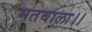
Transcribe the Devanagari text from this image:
मतवाला।।